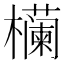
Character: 𬅉